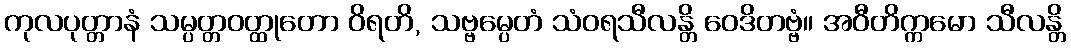
ကုလပုတ္တာနံ သမ္ပတ္တဝတ္ထုတော ဝိရတိ, သဗ္ဗမ္ပေတံ သံဝရသီလန္တိ ဝေဒိတဗ္ဗံ။ အဝီတိက္ကမော သီလန္တိ